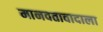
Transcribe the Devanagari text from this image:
मानवतावादाला